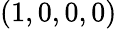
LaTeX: (1,0,0,0)